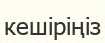
кешіріңіз